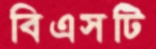
বিএসটি